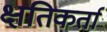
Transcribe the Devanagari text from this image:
क्षतिकर्ता